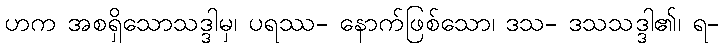
ဟက အစရှိသောသဒ္ဒါမှ၊ ပရဿ- နောက်ဖြစ်သော၊ ဒသ- ဒသသဒ္ဒါ၏၊ ရ-